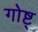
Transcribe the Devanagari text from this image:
गोष्ट्